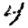
Digit: 4